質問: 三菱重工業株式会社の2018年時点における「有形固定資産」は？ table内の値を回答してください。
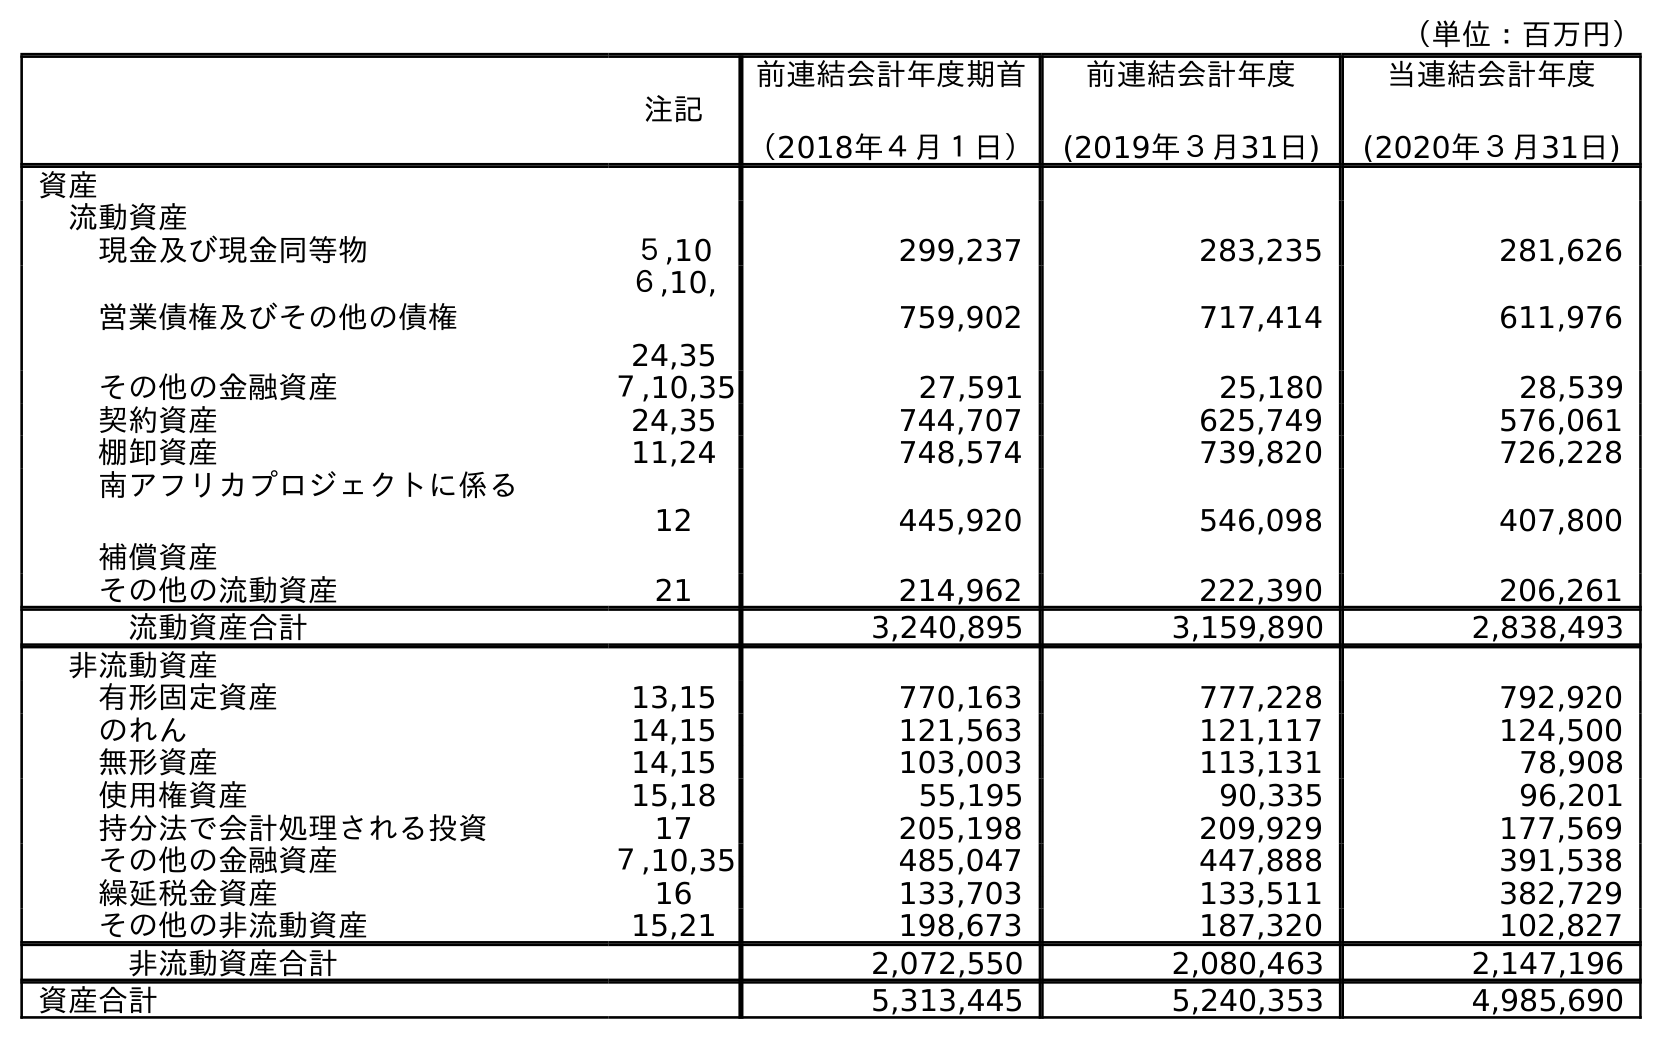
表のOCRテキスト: （単位：百万円） 注記 前連結会計年度期首 （2018年４月１日） 前連結会計年度 (2019年３月31日) 当連結会計年度 (2020年３月31日) 資産 流動資産 現金及び現金同等物 ５,10 299,237 283,235 281,626 営業債権及びその他の債権 ６,10, 24,35 759,902 717,414 611,976 その他の金融資産 ７,10,35 27,591 25,180 28,539 契約資産 24,35 744,707 625,749 576,061 棚卸資産 11,24 748,574 739,820 726,228 南アフリカプロジェクトに係る 補償資産 12 445,920 546,098 407,800 その他の流動資産 21 214,962 222,390 206,261 流動資産合計 3,240,895 3,159,890 2,838,493 非流動資産 有形固定資産 13,15 770,163 777,228 792,920 のれん 14,15 121,563 121,117 124,500 無形資産 14,15 103,003 113,131 78,908 使用権資産 15,18 55,195 90,335 96,201 持分法で会計処理される投資 17 205,198 209,929 177,569 その他の金融資産 ７,10,35 485,047 447,888 391,538 繰延税金資産 16 133,703 133,511 382,729 その他の非流動資産 15,21 198,673 187,320 102,827 非流動資産合計 2,072,550 2,080,463 2,147,196 資産合計 5,313,445 5,240,353 4,985,690
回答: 770,163